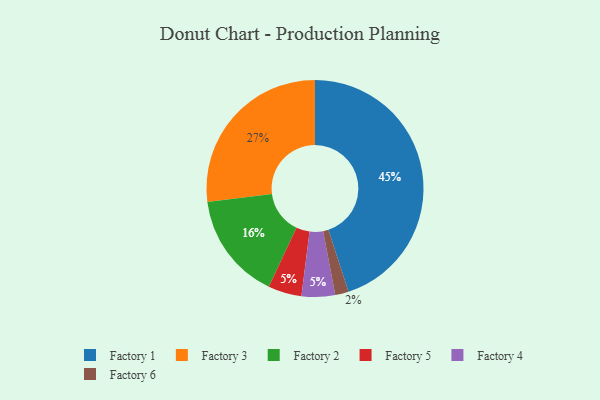
{"axis": {"x": "Category", "y": "Percentage"}, "legend": ["Factory 1", "Factory 2", "Factory 3", "Factory 4", "Factory 5", "Factory 6"], "data": [{"x": "Factory 2", "y": 16, "type": "Factory 2"}, {"x": "Factory 5", "y": 5, "type": "Factory 5"}, {"x": "Factory 1", "y": 45, "type": "Factory 1"}, {"x": "Factory 3", "y": 27, "type": "Factory 3"}, {"x": "Factory 4", "y": 5, "type": "Factory 4"}, {"x": "Factory 6", "y": 2, "type": "Factory 6"}]}